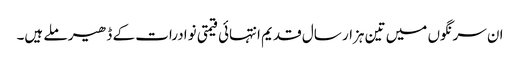
ان سرنگوں میں تین ہزار سال قدیم انتہائی قیمتی نوادرات کے ڈھیر ملے ہیں۔